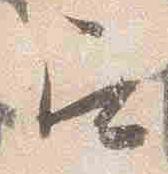
召